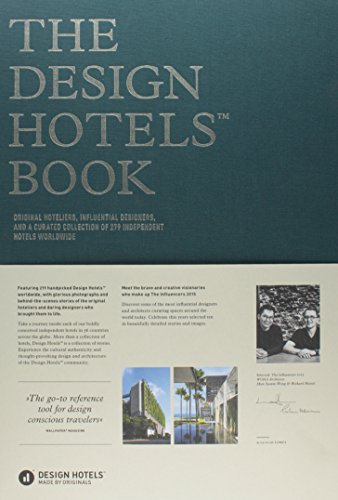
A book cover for The Design Hotels Book: Edition 2015; Arts & Photography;